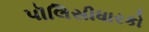
પૉલિસીધારકો